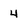
Character: 4